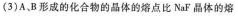
（3)A、B形成的化合物的晶体的熔